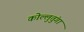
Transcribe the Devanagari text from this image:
कोल्लुतुंगा